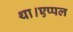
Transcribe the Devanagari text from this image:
था।एप्पल